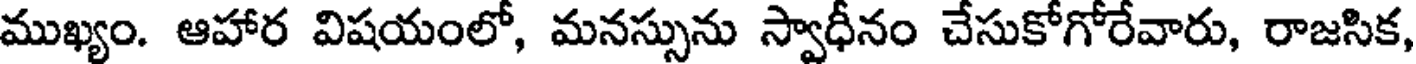
ముఖ్యం. ఆహార విషయంలో, మనస్సును స్వాధీనం చేసుకోగోరేవారు, రాజసిక,